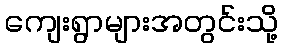
ကျေးရွာများအတွင်းသို့